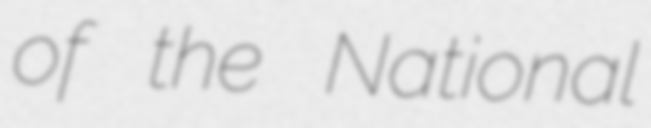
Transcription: of the National